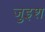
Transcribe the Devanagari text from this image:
जुइश